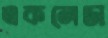
একলেডা